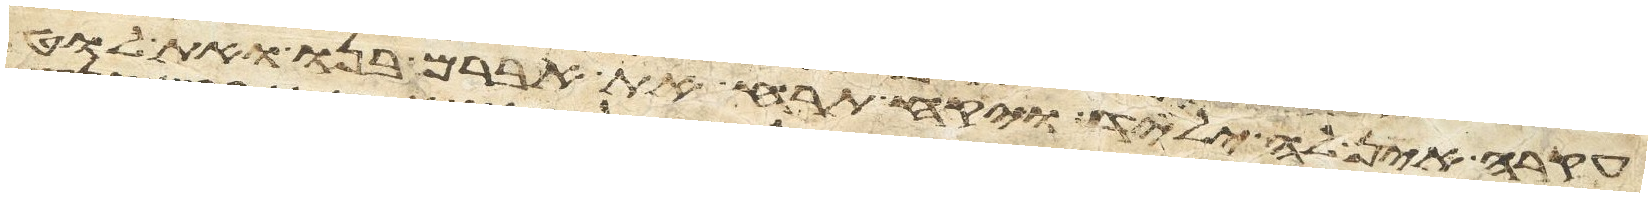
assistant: עקרה אין לה ילד ויקח תרח את אברם בנו ואת לוט